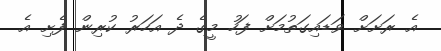
އެ ރަށަށް ވަޑައިގަތުމަށް ފަހު މީގެ ދެ އަހަރު ކުރިން ފެށި އެ